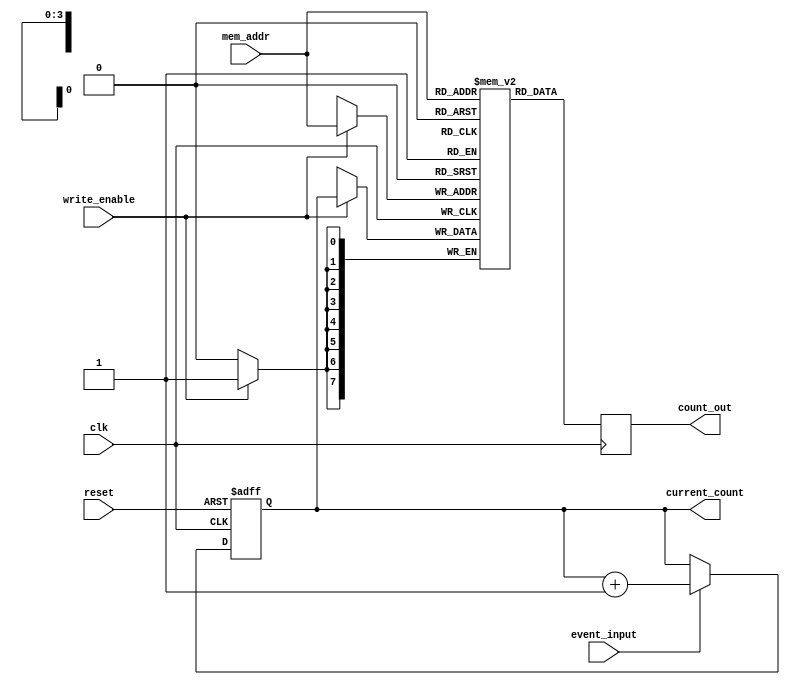
module event_counter #(
    parameter N = 8,          // Bit-width of the counter
    parameter MEM_SIZE = 16   // Number of memory blocks
)(
    input wire clk,           // Clock signal
    input wire reset,         // Asynchronous reset signal
    input wire event_input,   // Input event signal
    input wire write_enable,   // Write enable signal
    input wire [3:0] mem_addr, // Memory address for writing/reading
    output reg [N-1:0] count_out, // Output count from memory
    output reg [N-1:0] current_count // Current count value
);

    // Memory array to store counts
    reg [N-1:0] memory [0:MEM_SIZE-1];

    // Synchronous counter
    always @(posedge clk or posedge reset) begin
        if (reset) begin
            current_count <= 0; // Reset current count
        end else if (event_input) begin
            current_count <= current_count + 1; // Increment count on event
        end
    end

    // Memory write operation
    always @(posedge clk) begin
        if (write_enable) begin
            memory[mem_addr] <= current_count; // Store current count in memory
        end
    end

    // Memory read operation
    always @(posedge clk) begin
        count_out <= memory[mem_addr]; // Read count from memory
    end

endmodule